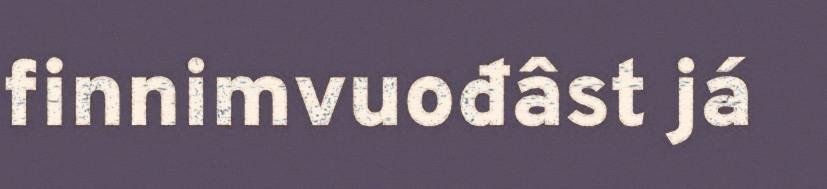
finnimvuođâst já